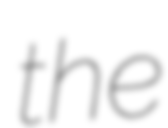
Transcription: the